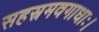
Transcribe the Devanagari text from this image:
सहस्रमवगाधाः।